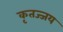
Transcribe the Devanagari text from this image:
कृतज्जय